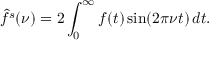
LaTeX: { \hat { f } } ^ { s } ( \nu ) = 2 \int _ { 0 } ^ { \infty } f ( t ) \sin ( 2 \pi \nu t ) \, d t .